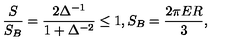
\frac { S } { S _ { B } } = \frac { 2 \Delta ^ { - 1 } } { 1 + \Delta ^ { - 2 } } \le 1 , S _ { B } = \frac { 2 \pi E R } { 3 } ,